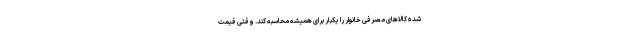
شده کالاهای مصرفی خانوار را یکبار برای همیشه محاسبه کند. وقتی قیمت